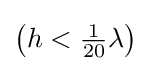
\left(h<{\tfrac {1}{20}}\lambda \right)